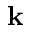
\mathbf { k }